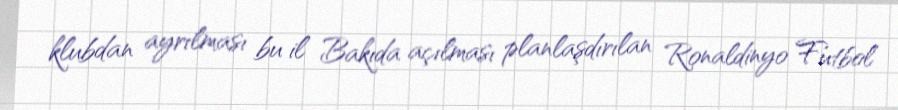
klubdan ayrılması bu il Bakıda açılması planlaşdırılan Ronaldinyo Futbol